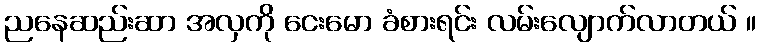
ညနေဆည်းဆာ အလှကို ငေးမော ခံစားရင်း လမ်းလျောက်လာတယ် ။